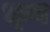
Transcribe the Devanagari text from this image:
ध्न्य